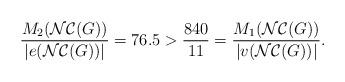
LaTeX: \begin{align*}\frac{M_{2}(\mathcal{NC}(G))}{|e(\mathcal{NC}(G))|}=76.5 > \frac{840}{11} = \frac{M_{1}(\mathcal{NC}(G))}{|v(\mathcal{NC}(G))|}. \end{align*}